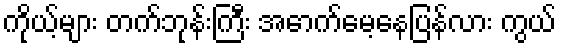
ကိုယ့်များ တက်ဘုန်းကြီး အောက်မေ့နေပြန်လား ကွယ်